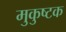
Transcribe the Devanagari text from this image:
मुकुष्टक